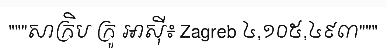
"""សាក្រិប ក្រូ អាស៊ី៖ Zagreb ៤,១០៥,៤៩៣"""